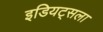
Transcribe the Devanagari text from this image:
इडियट्सला